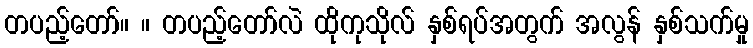
တပည့်တော်။ ။ တပည့်တော်လဲ ထိုကုသိုလ် နှစ်ရပ်အတွက် အလွန် နှစ်သက်မှု